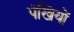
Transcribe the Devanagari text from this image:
पंखियों